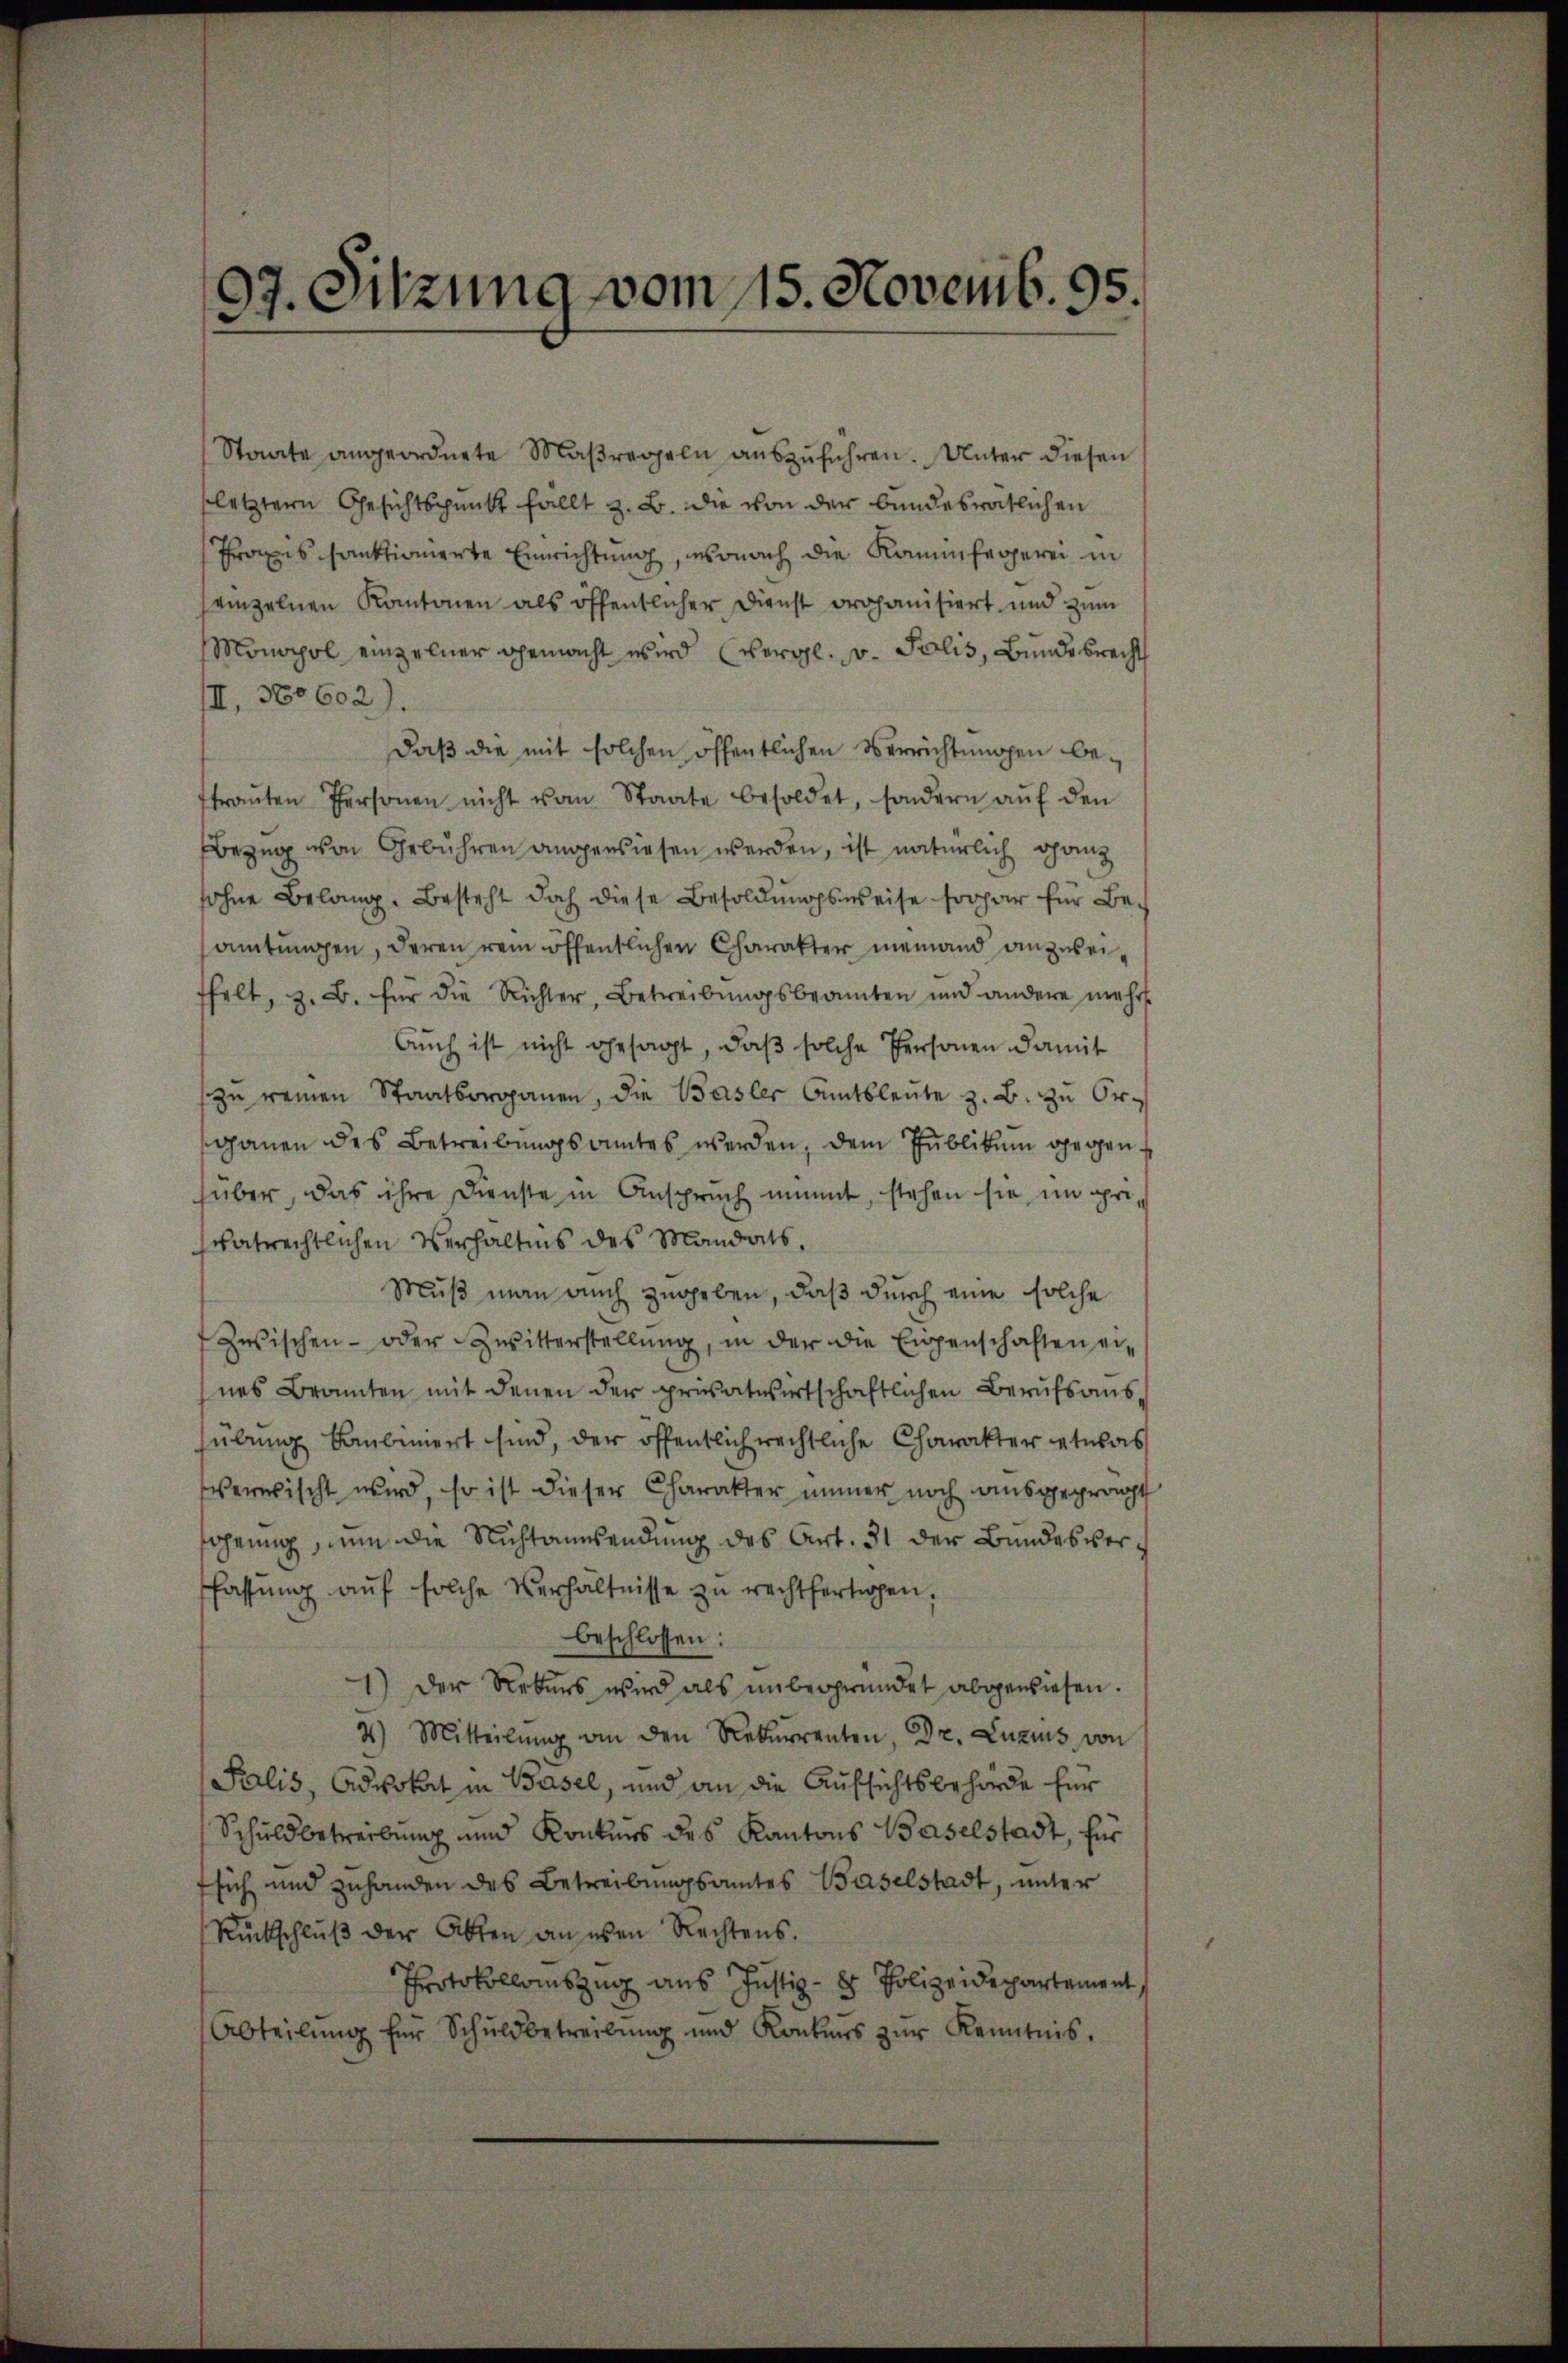
97. Sitzung vom 15. Novemb. 95.

Staate angeordnete Maßregeln aŭszŭführen. Unter diesen
letztern Gesichtspunkt fällt z. B. die von der bundesrätlichen
Praxis sanktionierte Einrichtung, wonach die Kaminfegerei in
einzelnen Kantonen als öffentlicher Dienst prohanisiert und zum
Monopol einzelner gemacht wird (vergl. v. Polis, Bundesrecht
II, 360602).
daß die mit solchen öffentlichen Verrichtungen betraŭten Personen nicht vom Staate besoldet, sondern aŭf den
Bezug von Gebühren angewiesen werden, ist natürlich ganz
sohne Belang. Besteht doch diese Besoldungsweise sogar für Be-
amtungen, deren rein öffentlichen Charakter niemand anzuweifhelt, z. B. für die Richter, Betreibŭngsbeamten und andere mehr
Auch ist nicht gesagt, daβ solche Personen damit
zŭ reinen Staatsorganen, die Basler Amtsleute z. B. zu Organen des Betreibŭngsamtes werden, dem Publikum gegenhuber, das ihre Dienste in Anspruch nimmt, stehen sie im gri
vatrechtlichen Verhältnis des Mandats,
Muß man auch zugeben, daß durch eine solche
Zwischen- oder Zwitterstellŭng, in der die Eigenschaften ei-
nes Branten mit denen der privatwirtschaftlichen Berufsaussübung bauliniert sind, der öffentlich rechtliche Charakter etwas
Verwischt wird, so ist dieser Charakter immer noch ausgeprägt
fohnung, um die Nichtanwendung des Art. 31 der Bundesverfassŭng aŭf solche Verhältnisse zu rechtfertigen.
beschlossen:
1) Der Rekurs wird als ŭnbegründet abgewiesen.
4) Mitteilŭng an den Rekurrenten, Dr. Luzins von
Palis, Advokat in Basel, und an die Aufsichtsbehörde für
Schuldbetreibung und Konkurs des Kantons Baselstadt, für
fsich und zuhanden des Betreibungsamtes Baselstadt, unter
Rückschlŭβ der Akten an eben Rechtens.
Protokollomszug aus Justiz- & Polizeidepartement
Abteilŭng für Schuldbetreibŭng und Konkurs zŭr Kenntnis.